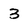
Character: 3